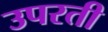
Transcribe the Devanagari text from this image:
उपरती